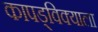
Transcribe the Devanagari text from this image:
कापड्विक्याला